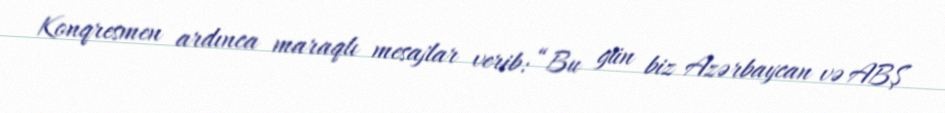
Konqresmen ardınca maraqlı mesajlar verib: “Bu gün biz Azərbaycan və ABŞ